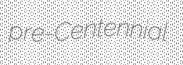
pre-Centennial